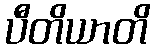
ပီတိယာတိ